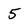
Character: 5